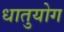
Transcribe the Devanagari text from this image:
धातुयोग